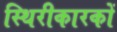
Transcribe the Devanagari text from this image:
स्थिरीकारकों